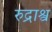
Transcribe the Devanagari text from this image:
रुद्राश्व